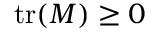
\operatorname { t r } ( M ) \geq 0